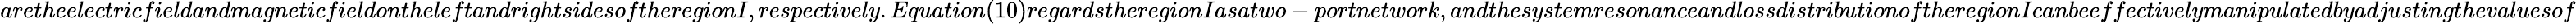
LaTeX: aretheelectricfieldandmagneticfieldontheleftandrightsidesoftheregionI,respectively.Equation(10)regardstheregionIasatwo-portnetwork,andthesystemresonanceandlossdistributionoftheregionIcanbeeffectivelymanipulatedbyadjustingthevaluesof